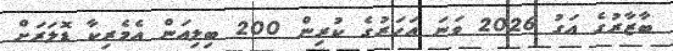
ބާޒާރުގެ އަގު 2026 ވަނަ އަހަރުގެ ކުރިން 200 ބިލިއަން އެމެރިކާ ޑޮލަރަށް